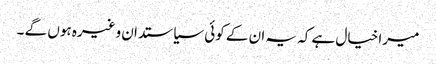
میرا خیال ہے کہ یہ ان کے کوئی سیاستدان وغیرہ ہوں گے ۔